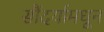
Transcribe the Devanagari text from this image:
सौंदर्यामधून